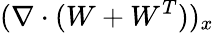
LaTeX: (\nabla\cdot(W+W^{T}))_{x}